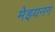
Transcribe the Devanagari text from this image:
मेइयनग